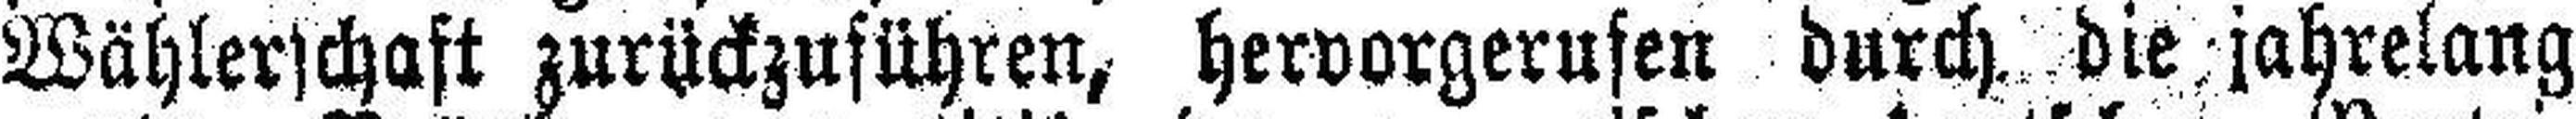
Wählerschaft zurückzuführen, hervorgerufen durch die jahrelang